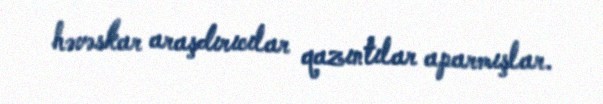
həvəskar araşdırıcılar qazıntılar aparmışlar.